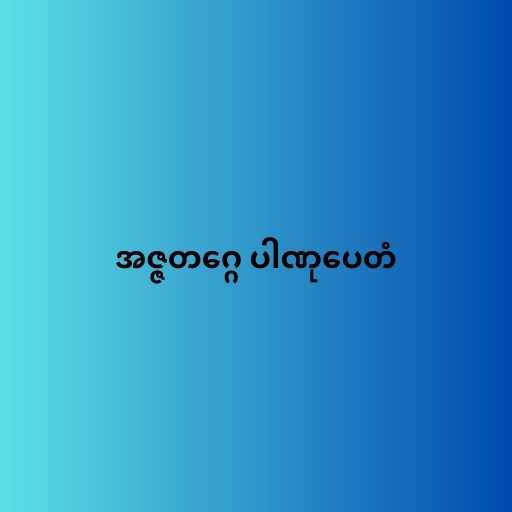
အဇ္ဇတဂ္ဂေ ပါဏုပေတံ